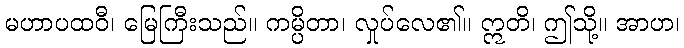
မဟာပထဝီ၊ မြေကြီးသည်။ ကမ္ပိတာ၊ လှုပ်လေ၏။ ဣတိ၊ ဤသို့။ အာဟ၊